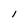
Character: I